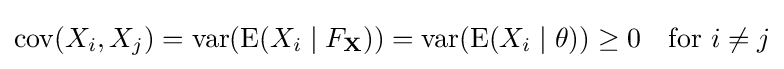
\operatorname {cov} (X_{i},X_{j})=\operatorname {var} (\operatorname {E} (X_{i}\mid F_{\mathbf {X} }))=\operatorname {var} (\operatorname {E} (X_{i}\mid \theta ))\geq 0\quad {\text{for }}i\neq j